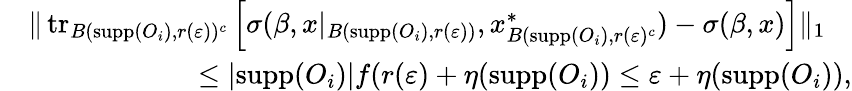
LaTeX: \begin{array}{rl}&{\| \operatorname{tr}_{B(\textrm{supp}(O_{i}),r(\varepsilon))^{c}}\left[\sigma(\beta,x|_{B(\textrm{supp}(O_{i}),r(\varepsilon))},x_{B(\textrm{supp}(O_{i}),r(\varepsilon)^{c}}^{*})-\sigma(\beta,x)\right]\| _{1}}\\ &{\qquad\qquad\qquad\leq|\textrm{supp}(O_{i})|f(r(\varepsilon)+\eta(\textrm{supp}(O_{i}))\leq\varepsilon+\eta(\textrm{supp}(O_{i})),}\end{array}